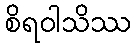
စိရဝါသိဿ